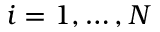
i = 1 , \ldots , N